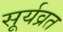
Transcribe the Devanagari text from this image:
सूर्यव्रत